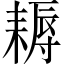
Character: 耨